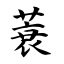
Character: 蓑